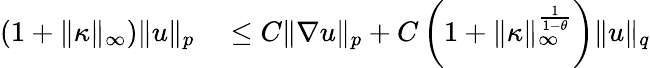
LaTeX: \begin{array}{rl}{(1+\| \kappa\| _{\infty})\| u\| _{p}}&{{}\leq C\| \nabla u\| _{p}+C\left(1+\| \kappa\| _{\infty}^{\frac{1}{1-\theta}}\right)\| u\| _{q}}\end{array}